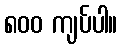
၈၀၀ ကျပ်ပါ။